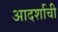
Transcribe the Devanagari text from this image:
आदर्शाची